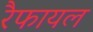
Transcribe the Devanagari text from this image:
रैफायल